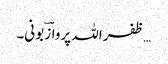
…ظفر اللہ پروازؔ بونی۔